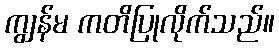
ကျွန်မ ကတိပြုလိုက်သည်။